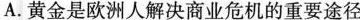
A.黄金是欧洲人解决商业危机的重要途径